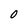
Character: O